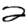
Digit: 2